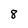
Character: 8